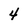
Character: 4